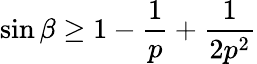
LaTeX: \sin\beta\ge 1-\frac{1}{p}+\frac{1}{2p^{2}}